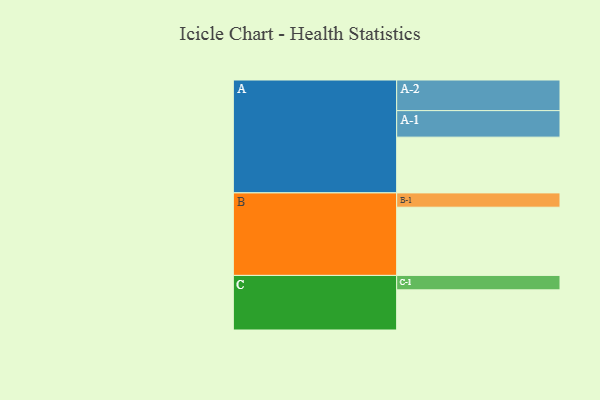
{"axis": {"x": "Segment", "y": "Value"}, "legend": ["", "A", "B", "C"], "data": [{"x": "A", "y": 479, "type": ""}, {"x": "B", "y": 586, "type": ""}, {"x": "C", "y": 345, "type": ""}, {"x": "A-1", "y": 228, "type": "A"}, {"x": "A-2", "y": 263, "type": "A"}, {"x": "B-1", "y": 123, "type": "B"}, {"x": "C-1", "y": 124, "type": "C"}]}